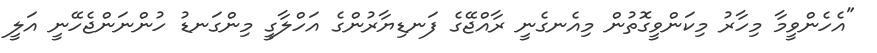
"އެހެންވީމާ މިހާރު މިކަންވީގޮތުން މިއެނގެނީ ރާއްޖޭގެ ފަނޑިޔާރުންގެ އަހްލާގީ މިންގަނޑު ހުންނަންޖެހޭނީ އަލީ